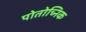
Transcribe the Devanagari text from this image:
पोतोच्निक